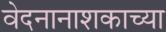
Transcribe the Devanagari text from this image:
वेदनानाशकाच्या